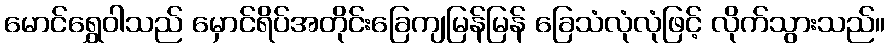
မောင်ရွှေဝါသည် မှောင်ရိပ်အတိုင်းခြေကျမြန်မြန် ခြေသံလုံလုံဖြင့် လိုက်သွားသည်။